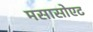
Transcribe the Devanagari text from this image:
मसासोएट